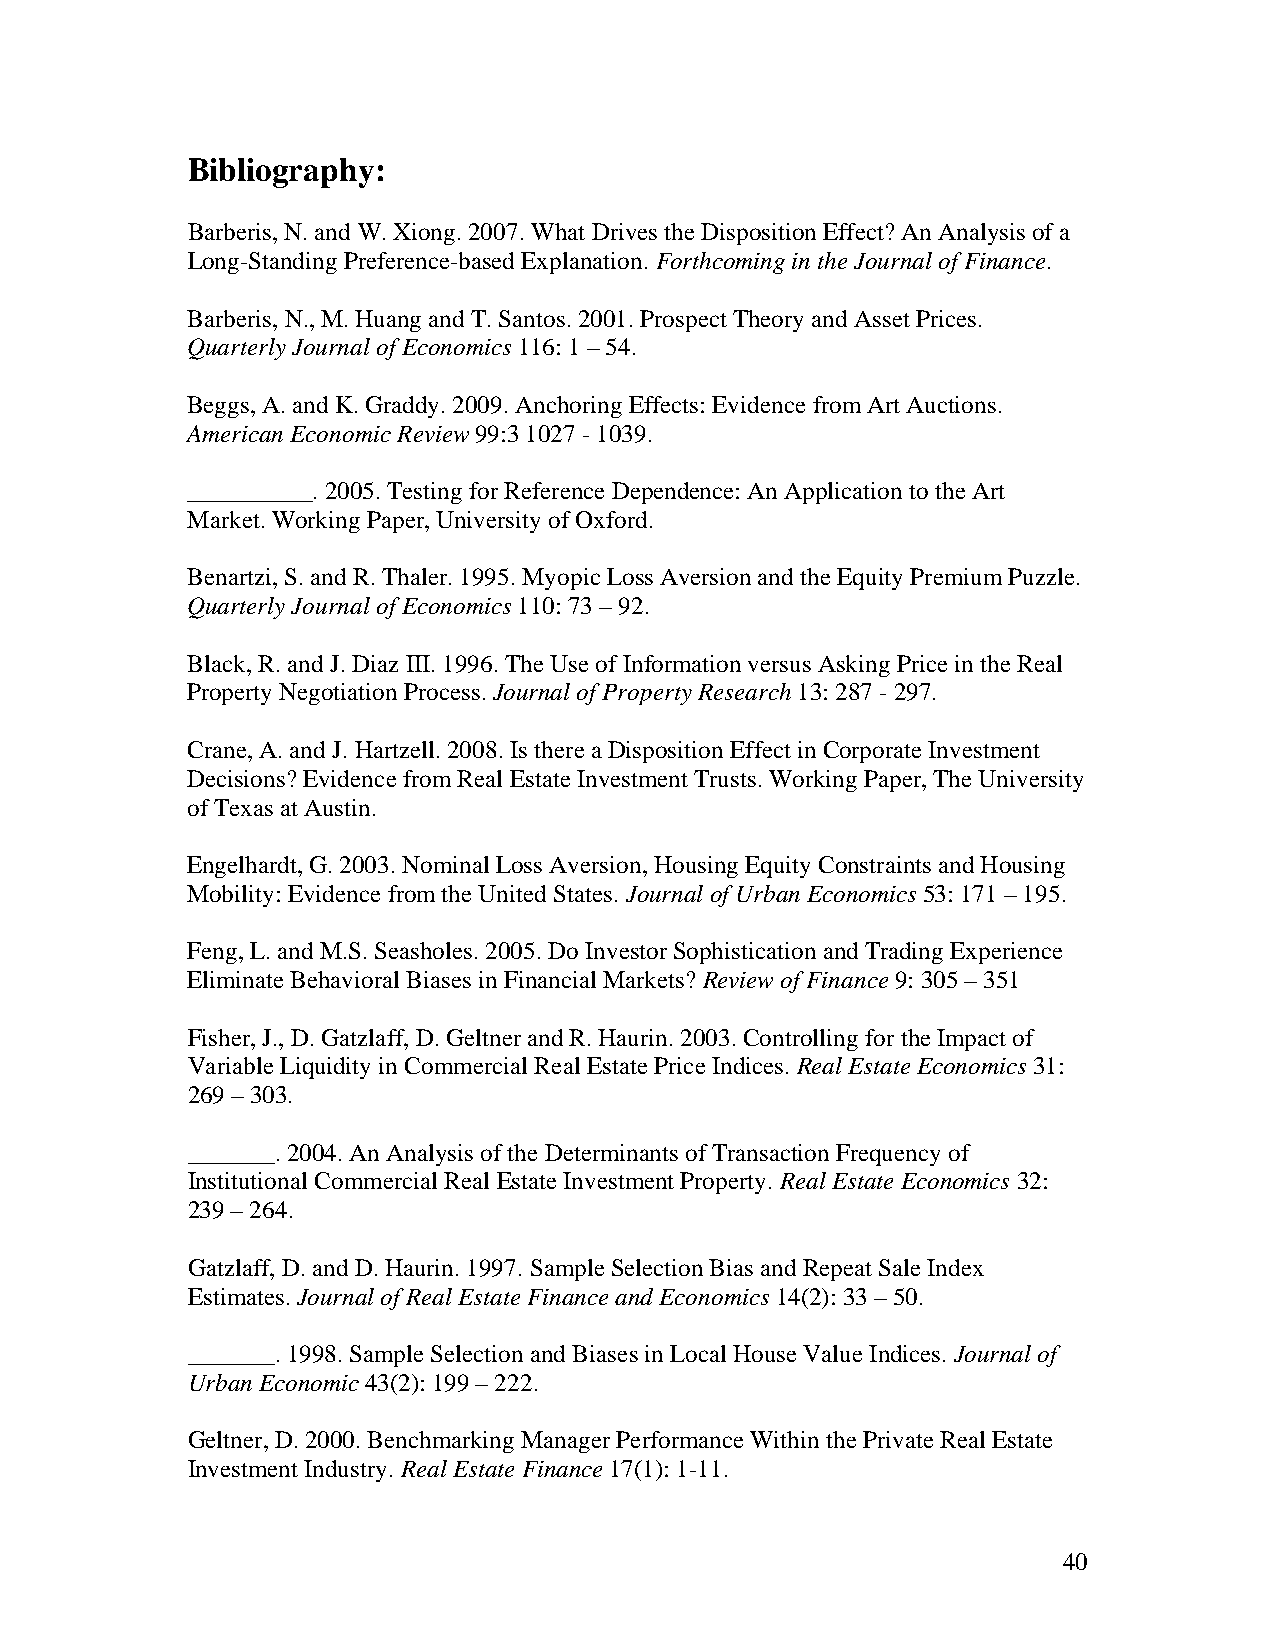
Bibliography:
 Barberis, N. and W. Xiong. 2007. What Drives the Disposition Effect? An Analysis of a
 Long-Standing Preference-based Explanation. Forthcoming in the Journal of Finance.
 Barberis, N., M. Huang and T. Santos. 2001. Prospect Theory and Asset Prices.
 Quarterly Journal of Economics 116: 1 – 54.
 Beggs, A. and K. Graddy. 2009. Anchoring Effects: Evidence from Art Auctions.
 American Economic Review 99:3 1027 - 1039.
 __________. 2005. Testing for Reference Dependence: An Application to the Art
 Market. Working Paper, University of Oxford.
 Benartzi, S. and R. Thaler. 1995. Myopic Loss Aversion and the Equity Premium Puzzle.
 Quarterly Journal of Economics 110: 73 – 92.
 Black, R. and J. Diaz III. 1996. The Use of Information versus Asking Price in the Real
 Property Negotiation Process. Journal of Property Research 13: 287 - 297.
 Crane, A. and J. Hartzell. 2008. Is there a Disposition Effect in Corporate Investment
 Decisions? Evidence from Real Estate Investment Trusts. Working Paper, The University
 of Texas at Austin.
 Engelhardt, G. 2003. Nominal Loss Aversion, Housing Equity Constraints and Housing
 Mobility: Evidence from the United States. Journal of Urban Economics 53: 171 – 195.
 Feng, L. and M.S. Seasholes. 2005. Do Investor Sophistication and Trading Experience
 Eliminate Behavioral Biases in Financial Markets? Review of Finance 9: 305 – 351
 Fisher, J., D. Gatzlaff, D. Geltner and R. Haurin. 2003. Controlling for the Impact of
 Variable Liquidity in Commercial Real Estate Price Indices. Real Estate Economics 31:
 269 – 303.
 _______. 2004. An Analysis of the Determinants of Transaction Frequency of
 Institutional Commercial Real Estate Investment Property. Real Estate Economics 32:
 239 – 264.
 Gatzlaff, D. and D. Haurin. 1997. Sample Selection Bias and Repeat Sale Index
 Estimates. Journal of Real Estate Finance and Economics 14(2): 33 – 50.
 _______. 1998. Sample Selection and Biases in Local House Value Indices. Journal of
 Urban Economic 43(2): 199 – 222.
 Geltner, D. 2000. Benchmarking Manager Performance Within the Private Real Estate
 Investment Industry. Real Estate Finance 17(1): 1-11.
 40